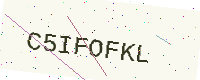
Text: C5IFOFKL